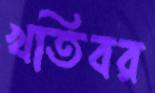
খতিবর